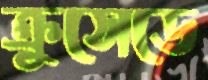
ক্রুসেডে